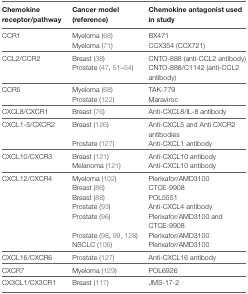
<table><thead><tr><td><b>Chemokine receptor/pathway</b></td><td><b>Cancer model (reference)</b></td><td><b>Chemokine antagonist used in study</b></td></tr></thead><tbody><tr><td>CCR1</td><td>Myeloma (68)</td><td>BX471</td></tr><tr><td></td><td>Myeloma (71)</td><td>CCX354 (CCX721)</td></tr><tr><td>CCL2/CCR2</td><td>Breast (38)</td><td>CNTO-888 (anti-CCL2 antibody)</td></tr><tr><td></td><td>Prostate (47, 51–54)</td><td>CNTO-888/C1142 (anti-CCL2 antibody)</td></tr><tr><td>CCR5</td><td>Myeloma (68)</td><td>TAK-779</td></tr><tr><td></td><td>Prostate (122)</td><td>Maraviroc</td></tr><tr><td>CXCL8/CXCR1</td><td>Breast (76)</td><td>Anti-CXCL8/IL-8 antibody</td></tr><tr><td>CXCL1-5/CXCR2</td><td>Breast (126)</td><td>Anti-CXCL5 and Anti CXCR2 antibodies</td></tr><tr><td></td><td>Prostate (127)</td><td>Anti-CXCL1 antibody</td></tr><tr><td>CXCL10/CXCR3</td><td>Breast (121)</td><td>Anti-CXCL10 antibody</td></tr><tr><td></td><td>Melanoma (121)</td><td>Anti-CXCL10 antibody</td></tr><tr><td>CXCL12/CXCR4</td><td>Myeloma (102)</td><td>Plerixafor/AMD3100</td></tr><tr><td></td><td>Breast (86)</td><td>CTCE-9908</td></tr><tr><td></td><td>Breast (88)</td><td>POL5551</td></tr><tr><td></td><td>Prostate (93)</td><td>Anti-CXCL4 antibody</td></tr><tr><td></td><td>Prostate (96)</td><td>Plerixafor/AMD3100 and CTCE-9908</td></tr><tr><td></td><td>Prostate (98, 99, 128)</td><td>Plerixafor/AMD3100</td></tr><tr><td></td><td>NSCLC (106)</td><td>Plerixafor/AMD3100</td></tr><tr><td>CXCL16/CXCR6</td><td>Prostate (127)</td><td>Anti-CXCL16 antibody</td></tr><tr><td>CXCR7</td><td>Myeloma (129)</td><td>POL6926</td></tr><tr><td>CX3CL1/CX3CR1</td><td>Breast (117)</td><td>JMS-17-2</td></tr></tbody></table>